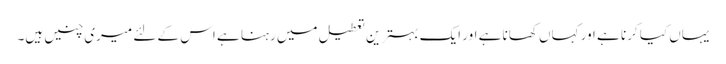
یہاں کیا کرنا ہے اور کہاں کھانا ہے اور ایک بہترین تعطیل میں رہنا ہے اس کے لئے میری چنیں ہیں۔